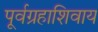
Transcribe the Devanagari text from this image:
पूर्वग्रहाशिवाय